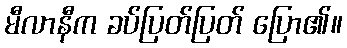
မီလာနီက ခပ်ပြတ်ပြတ် ပြော၏။